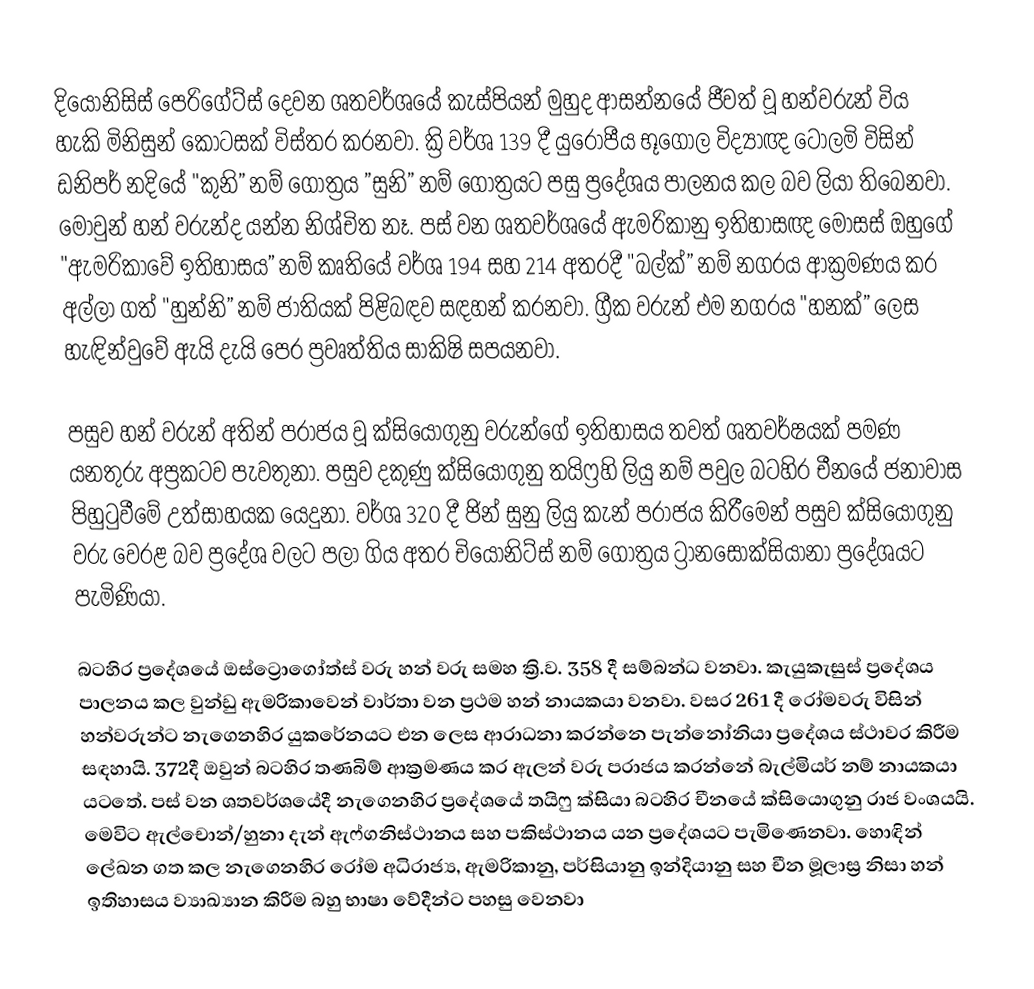
දියෝනිසිස් පෙරිගේට්ස් දෙවන ශතවර්ශයේ කැස්පියන් මුහුද ආසන්නයේ ජීවත් වූ හන්වරුන් විය හැකි මිනිසුන් කොටසක් විස්තර කරනවා. ක්‍රි වර්ශ 139 දී යුරෝපීය භූගෝල විද්‍යාඥ ටොලමි විසින් ඩනිපර් නදියේ "කුනි” නම් ගෝත්‍රය ”සුනි” නම් ගෝත්‍රයට පසු ප්‍රදේශය පාලනය කල බව ලියා තිබෙනවා. මොවුන් හන් වරුන්ද යන්න නිශ්චිත නෑ. පස් වන ශතවර්ශයේ ඇමරිකානු ඉතිහාසඥ මෝසස් ඔහුගේ "ඇමරිකාවේ ඉතිහාසය” නම් කෘතියේ වර්ශ 194 සහ 214 අතරදී "බල්ක්” නම් නගරය ආක්‍රමණය කර අල්ලා ගත් "හුන්නි” නම් ජාතියක් පිළිබඳව සඳහන් කරනවා. ග්‍රීක වරුන් එම නගරය "හනක්” ලෙස හැඳින්වුවේ ඇයි දැයි පෙර ප්‍රවෘත්තිය සාකිෂි සපයනවා.

පසුව හන් වරුන් අතින් පරාජය වූ ක්සියොගුනු වරුන්ගේ ඉතිහාසය තවත් ශතවර්ෂයක් පමණ යනතුරු අප්‍රකටව පැවතුනා. පසුව දකුණු ක්සියොගුනු තයිෆ්‍රහි ලියු නම් පවුල බටහිර චීනයේ ජනාවාස පිහුටුවීමේ උත්සාහයක යෙදුනා. වර්ශ 320 දී ජින් සුනු ලියු කැන් පරාජය කිරීමෙන් පසුව ක්සියොගුනු වරු වෙරළ බව ප්‍රදේශ වලට පලා ගිය අතර චියෝනිට්ස් නම් ගෝත්‍රය ට්‍රානසොක්සියානා ප්‍රදේශයට පැමිණියා.

බටහිර ප්‍රදේශයේ ඔස්ට්‍රොගෝත්ස් වරු හන් වරු සමහ ක්‍රි.ව. 358 දී සම්බන්ධ වනවා. කැයුකැසුස් ප්‍රදේශය පාලනය කල වුන්ඩු ඇමරිකාවෙන් වාර්තා වන ප්‍රථම හන් නායකයා වනවා. වසර 261 දී රෝමවරු විසින් හන්වරුන්ට නැගෙනහිර යුකරේනයට එන ලෙස ආරාධනා කරන්නෙ පැන්නෝනියා ප්‍රදේශය ස්ථාවර කිරීම සඳහායි. 372දී ඔවුන් බටහිර තණබිම් ආක්‍රමණය කර ඇලන් වරු පරාජය කරන්නේ බැල්මියර් නම් නායකයා යටතේ. පස් වන ශතවර්ශයේදී නැගෙනහිර ප්‍රදේශයේ තයිෆු ක්සියා බටහිර චීනයේ ක්සියොගුනු රාජ වංශයයි. මෙවිට ඇල්චොන්/හුනා දැන් ඇෆ්ගනිස්ථානය සහ පකිස්ථානය යන ප්‍රදේශයට පැමිණෙනවා. හොඳින් ලේඛන ගත කල නැගෙනහිර රෝම අධිරාජ්‍ය, ඇමරිකානු, පර්සියානු ඉන්දියානු සහ චීන මූලාස්‍ර නිසා හන් ඉතිහාසය ව්‍යාඛ්‍යාන කිරීම බහු භාෂා වේදීන්ට පහසු වෙනවා